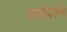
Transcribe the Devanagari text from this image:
यशोदर्शन